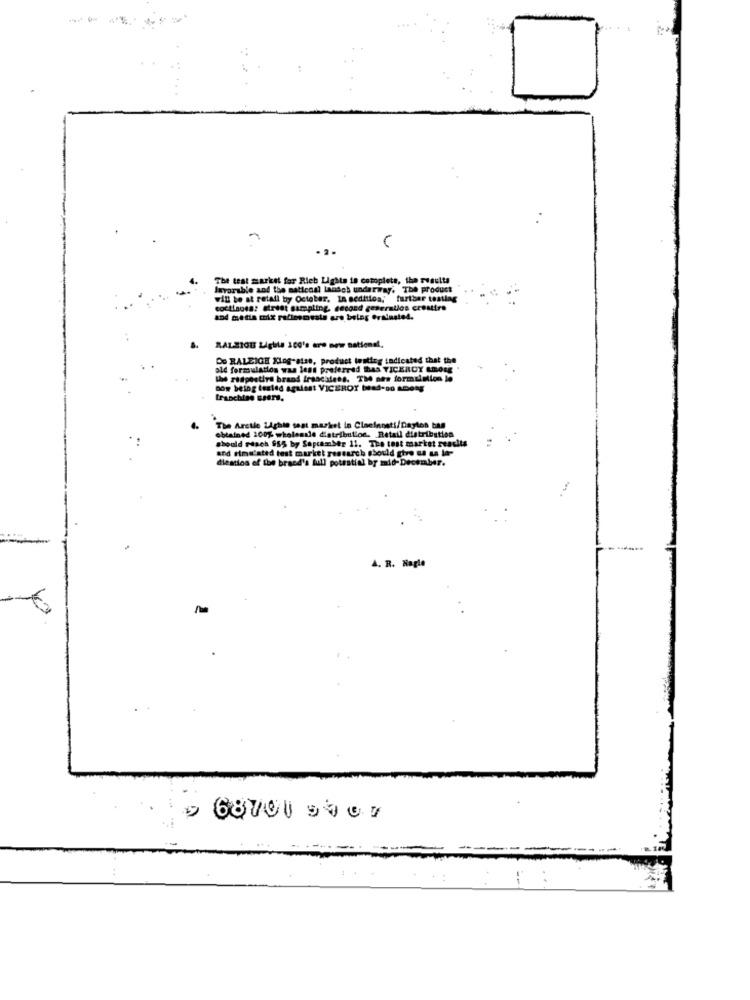
The test market for Rich Lights in cotoplets, the resulta
levarable and the national landch underway. The product
will be at retail by October. In sedition; further teating
coctiauss: direet sampling, second generallos crouttre
RALSIOU Lighta 200's are new national.
De RALEIGH Klog-atse, product testing indicated that the
Ta Jest preferred has VICEROY LEO
the ridpestirs brand francadees. The new formulation le
now being tested against VICEROY bead-00 ADONE
franchise users.
obtained 200% wholesale distribution. Retail distribution
The Arctle Lighis seat market in Cincinnati/Daylos ban
should stach 955 by Sopcamber 11. The test market seasits
and sime'sted test market research should give a un la-
diestios of the brand's full potential by mid-December.
A. R. Nagle